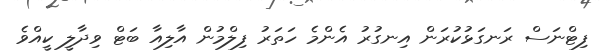
ފިޓްނަސް ރަނގަޅުކުރަން އިނގުރު އެންމެ ހަތަރު ފިލްމުން އާލިއާ ބަޓް ވިދާލީ ކީއްވެ